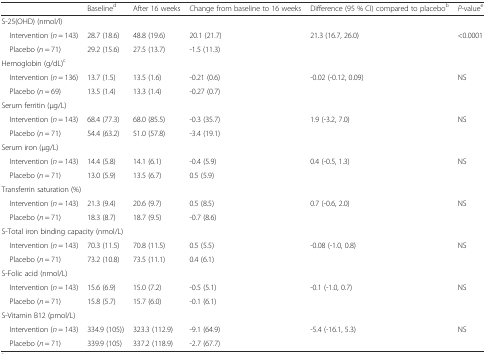
<table><thead><tr><td></td><td><b>Baseline<sup>d</sup></b></td><td><b>After 16 weeks</b></td><td><b>Change from baseline to 16 weeks</b></td><td><b>Difference (95 % CI) compared to placebo<sup>b</sup></b></td><td><b><i>P</i>-value<sup>e</sup></b></td></tr></thead><tbody><tr><td colspan="6">S-25(OHD) (nmol/l)</td></tr><tr><td> Intervention (<i>n</i> = 143)</td><td>28.7 (18.6)</td><td>48.8 (19.6)</td><td>20.1 (21.7)</td><td>21.3 (16.7, 26.0)</td><td rowspan="2">&lt;0.0001</td></tr><tr><td> Placebo (<i>n</i> = 71)</td><td>29.2 (15.6)</td><td>27.5 (13.7)</td><td>-1.5 (11.3)</td><td></td></tr><tr><td colspan="6">Hemoglobin (g/dL)<sup>c</sup></td></tr><tr><td> Intervention (<i>n</i> = 136)</td><td>13.7 (1.5)</td><td>13.5 (1.6)</td><td>-0.21 (0.6)</td><td>-0.02 (-0.12, 0.09)</td><td rowspan="2">NS</td></tr><tr><td> Placebo (<i>n</i> = 69)</td><td>13.5 (1.4)</td><td>13.3 (1.4)</td><td>-0.27 (0.7)</td><td></td></tr><tr><td colspan="6">Serum ferritin (μg/L)</td></tr><tr><td> Intervention (<i>n</i> = 143)</td><td>68.4 (77.3)</td><td>68.0 (85.5)</td><td>-0.3 (35.7)</td><td>1.9 (-3.2, 7.0)</td><td rowspan="2">NS</td></tr><tr><td> Placebo (<i>n</i> = 71)</td><td>54.4 (63.2)</td><td>51.0 (57.8)</td><td>-3.4 (19.1)</td><td></td></tr><tr><td colspan="6">Serum iron (μg/L)</td></tr><tr><td> Intervention (<i>n</i> = 143)</td><td>14.4 (5.8)</td><td>14.1 (6.1)</td><td>-0.4 (5.9)</td><td>0.4 (-0.5, 1.3)</td><td rowspan="2">NS</td></tr><tr><td> Placebo (<i>n</i> = 71)</td><td>13.0 (5.9)</td><td>13.5 (6.7)</td><td>0.5 (5.9)</td><td></td></tr><tr><td colspan="6">Transferrin saturation (%)</td></tr><tr><td> Intervention (<i>n</i> = 143)</td><td>21.3 (9.4)</td><td>20.6 (9.7)</td><td>0.5 (8.5)</td><td>0.7 (-0.6, 2.0)</td><td rowspan="2">NS</td></tr><tr><td> Placebo (<i>n</i> = 71)</td><td>18.3 (8.7)</td><td>18.7 (9.5)</td><td>-0.7 (8.6)</td><td></td></tr><tr><td colspan="6">S-Total iron binding capacity (nmol/L)</td></tr><tr><td> Intervention (<i>n</i> = 143)</td><td>70.3 (11.5)</td><td>70.8 (11.5)</td><td>0.5 (5.5)</td><td>-0.08 (-1.0, 0.8)</td><td rowspan="2">NS</td></tr><tr><td> Placebo (<i>n</i> = 71)</td><td>73.2 (10.8)</td><td>73.5 (11.1)</td><td>0.4 (6.1)</td><td></td></tr><tr><td colspan="6">S-Folic acid (nmol/L)</td></tr><tr><td> Intervention (<i>n</i> = 143)</td><td>15.6 (6.9)</td><td>15.0 (7.2)</td><td>-0.5 (5.1)</td><td>-0.1 (-1.0, 0.7)</td><td rowspan="2">NS</td></tr><tr><td> Placebo (<i>n</i> = 71)</td><td>15.8 (5.7)</td><td>15.7 (6.0)</td><td>-0.1 (6.1)</td><td></td></tr><tr><td colspan="6">S-Vitamin B12 (pmol/L)</td></tr><tr><td> Intervention (<i>n</i> = 143)</td><td>334.9 (105))</td><td>323.3 (112.9)</td><td>-9.1 (64.9)</td><td>-5.4 (-16.1, 5.3)</td><td rowspan="2">NS</td></tr><tr><td> Placebo (<i>n</i> = 71)</td><td>339.9 (105)</td><td>337.2 (118.9)</td><td>-2.7 (67.7)</td><td></td></tr></tbody></table>